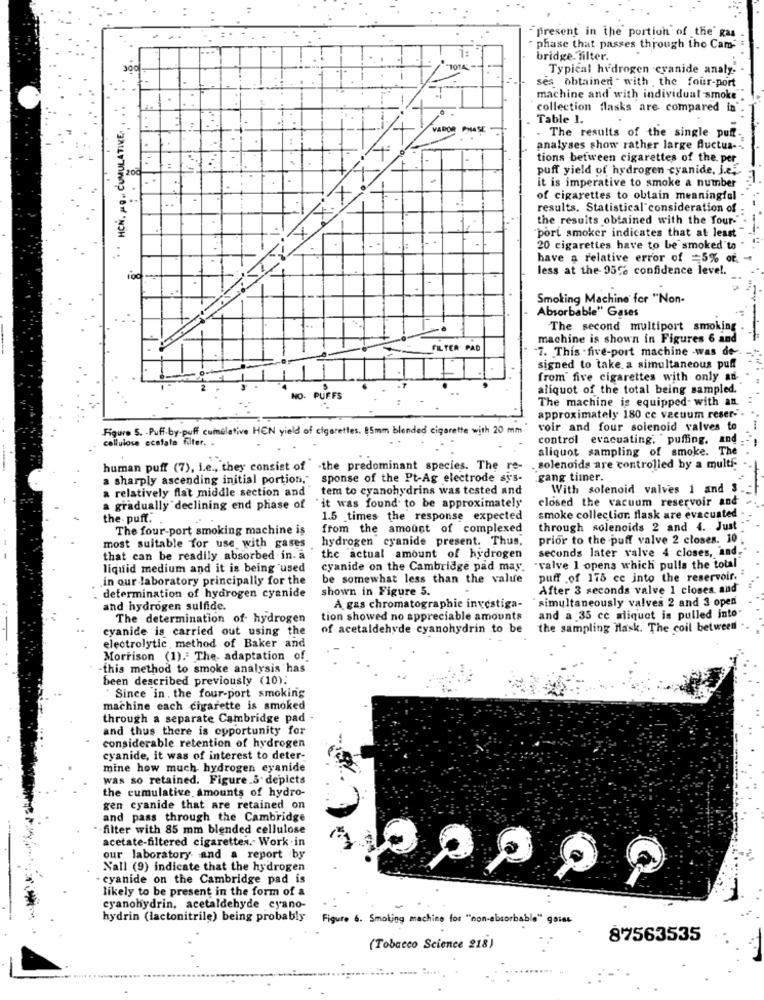
"present in the portion of the" gas
..
1:
" phase that passes through the Cam-
bridge. filter.
TOTAL
Typical hydrogen cyanide analy.
1
ses obtained " with the four-port
. HCN. A.O. CUMULATIKE. ..
machine and with individual smoke
collection flasks are compared in
Table 1.
VADOR PHASE
. The results of the single puff.
analyses show rather large Auctus --
.
tions between cigarettes of the. per
200
:
puff yield of hydrogen cyanide, J.e.
1. .
CRITXXX
it is imperative to smoke a number
..
.
of cigarettes to obtain meaningful
results. Statistical consideration of
the results obtained with the Tour-
"port smoker indicates that at least
20 cigarettes have to be smoked ta
have a relative error of =5% of.
less at the- 95% confidence level.
Smoking Machine for "Non-
Absorbable" Gases
The second multiport smoking
machine is shown in Figures 6 and
FILTER PAD
7. This -five-port machine -was de.
signed to take. a simultaneous puff
from' five cigarettes with only ad-
aliquot of the total being sampled.
NO. PUFFS
:
The machine is equipped- with an
approximately 180 cc vacuum reser-
Figure S. - Puff-by-puff cumelative HEN yield of cigarettes. 5mm blended cigarette with 20 mm
voir and four solenoid valves to
cellulose ecetate filter. .
control evacuating, puffing, and
aliquot sampling of smoke. The
human puff (7), i.e ., they consist of -the predominant species. The re-
. solenoids are controlled by a multi-
a sharply ascending initial portion."
sponse of the Pt-Ag electrode sys-
.gang timer
a relatively flat middle section and
tem to cyanohydrins was tested and
With solenoid valves 1 and 3
a gradually declining end phase of
it was found to be approximately
closed the vacuum reservoir and
the- puft.
1.5 times the response expected
smoke collection flask are evacuated
The four-port smoking machine is
from the amount of complexed
through solenoids 2 and 4. Just
hydrogen cyanide present. Thus,
prior to the puff valve 2 closes. 10
most suitable for use with gases
that can be readily absorbed in- a
the actual amount of hydrogen
seconds later valve 4 closes, and.
liquid medium and it is being used
cyanide on the Cambridge pad may.
"valve 1 opens which pulls the total"
in our laboratory principally for the
be somewhat less than the value
puff .of 175 ce into the reservoir.
shown in Figure 5.
After 3 seconds valve 1 closes. and
determination of hydrogen cyanide
simultaneously valves 2 and 3 open
and hydrogen sulfide.
A gas chromatographie investiga-
The determination of hydrogen
tion showed no appreciable amounts
and a 35 ce aliquot is pulled into
cyanide is carried out using the
of acetaldehyde cyanohydrin to be
the sampling Hask. The coil between
electrolytic method of Baker and
Morrison (1)." The- adaptation of.
-this method to smoke analysis has
been described previously (10).
" Since in . the four-port smoking
machine each cigarette is smoked
through a separate Cambridge pad -
and thus there is opportunity for
considerable retention of hydrogen
cyanide, it was of interest to deter-
mine how much hydrogen cyanide
was so retained. Figure.5- depicts
the cumulative amounts of hydro-
gen cyanide that are retained on
and pass through the Cambridge
-filter with 85 mm blended cellulose
acetate-filtered cigarettes. Work -in
our laboratory and a report by
Nall (9) indicate that the hydrogen
-cyanide on the Cambridge pad is
likely to be present in the form of a
cyanohydrin, acetaldehyde cyano-
hydrin (lactonitrile) being probably
Figure 6. Smoking machine for "non-absorbable" gaies
87563535
(Tobacco Science 218)